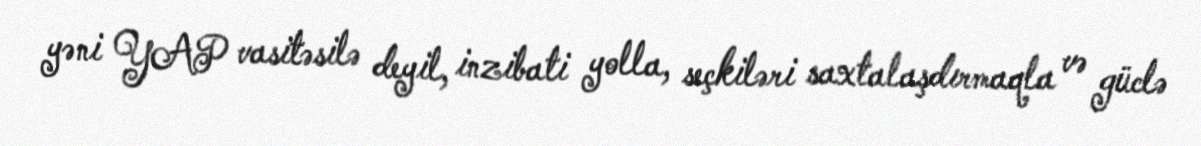
yəni YAP vasitəsilə deyil, inzibati yolla, seçkiləri saxtalaşdırmaqla və güclə